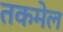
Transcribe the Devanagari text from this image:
तकमेल